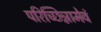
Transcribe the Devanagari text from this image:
परिच्छिन्नामेवं